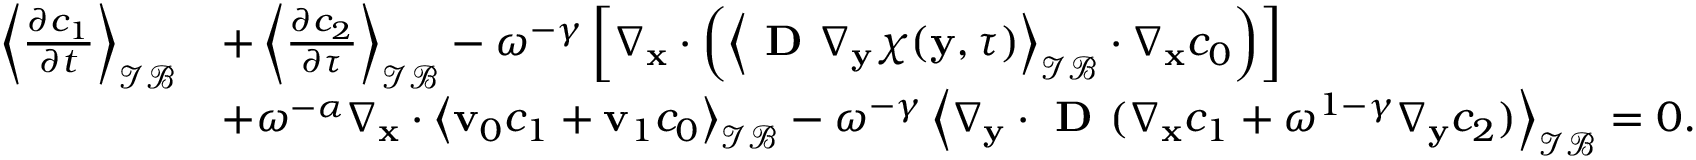
\begin{array} { r l } { \left\langle \frac { \partial c _ { 1 } } { \partial t } \right\rangle _ { \mathcal { I B } } } & { + \left\langle \frac { \partial c _ { 2 } } { \partial \tau } \right\rangle _ { \mathcal { I B } } - \omega ^ { - \gamma } \left[ \nabla _ { \mathbf { x } } \cdot \left( \left\langle \textbf { D } \nabla _ { \mathbf y } \boldsymbol \chi ( \mathbf y , \tau ) \right\rangle _ { \mathcal { I B } } \cdot \nabla _ { \mathbf x } c _ { 0 } \right) \right] } \\ & { + \omega ^ { - \alpha } \nabla _ { \mathbf x } \cdot \left\langle \mathbf v _ { 0 } c _ { 1 } + \mathbf v _ { 1 } c _ { 0 } \right\rangle _ { \mathcal { I B } } - \omega ^ { - \gamma } \left\langle \nabla _ { \mathbf y } \cdot \textbf { D } ( \nabla _ { \mathbf x } c _ { 1 } + \omega ^ { 1 - \gamma } \nabla _ { \mathbf y } c _ { 2 } ) \right\rangle _ { \mathcal { I B } } = 0 . } \end{array}